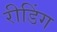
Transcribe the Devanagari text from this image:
रीडिंग